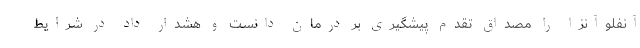
آنفلوآنزا را مصداق تقدم پیشگیری بر درمان دانست و هشدار داد در شرایط